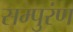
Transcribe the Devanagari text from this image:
सम्पुरंण